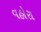
વહોરા